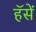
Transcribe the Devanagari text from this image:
हॅसें